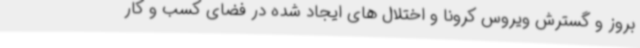
بروز و گسترش ویروس کرونا و اختلال های ایجاد شده در فضای کسب و کار